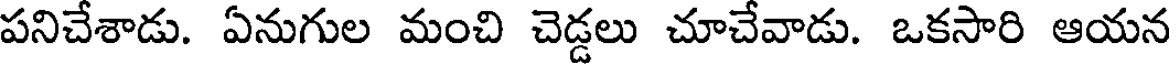
పనిచేశాడు. ఏనుగుల మంచి చెడ్డలు చూచేవాడు. ఒకసారి ఆయన